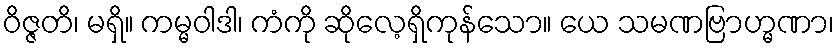
ဝိဇ္ဇတိ၊ မရှိ။ ကမ္မဝါဒါ၊ ကံကို ဆိုလေ့ရှိကုန်သော။ ယေ သမဏဗြာဟ္မဏာ၊